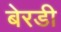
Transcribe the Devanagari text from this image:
बेरडी